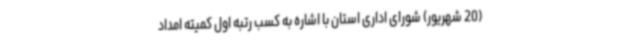
(20 شهریور) شورای اداری استان با اشاره به کسب رتبه اول کمیته امداد